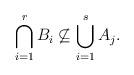
LaTeX: \begin{align*}\bigcap\limits_{i=1}^{r} B_{i} \not\subseteq \bigcup\limits_{i=1}^{s} A_{j}.\end{align*}